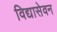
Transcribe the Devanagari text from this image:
विद्यासेवन